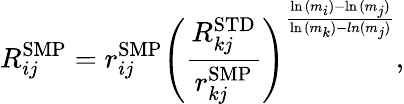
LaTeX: R_{ij}^{\mathrm{{SMP}}}=r_{ij}^{\mathrm{{SMP}}}{\left(\frac{R_{kj}^{\mathrm{{STD}}}}{r_{kj}^{\mathrm{{SMP}}}}\right)}^{\frac{\ln{(m_{i})}-\ln{(m_{j})}}{\ln{(m_{k})}-ln{(m_{j})}}},